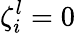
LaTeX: \zeta_{i}^{l}=0